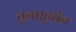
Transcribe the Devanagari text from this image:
चुना।हुसैन